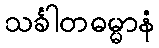
သင်္ခါတဓမ္မာနံ